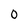
Character: 0